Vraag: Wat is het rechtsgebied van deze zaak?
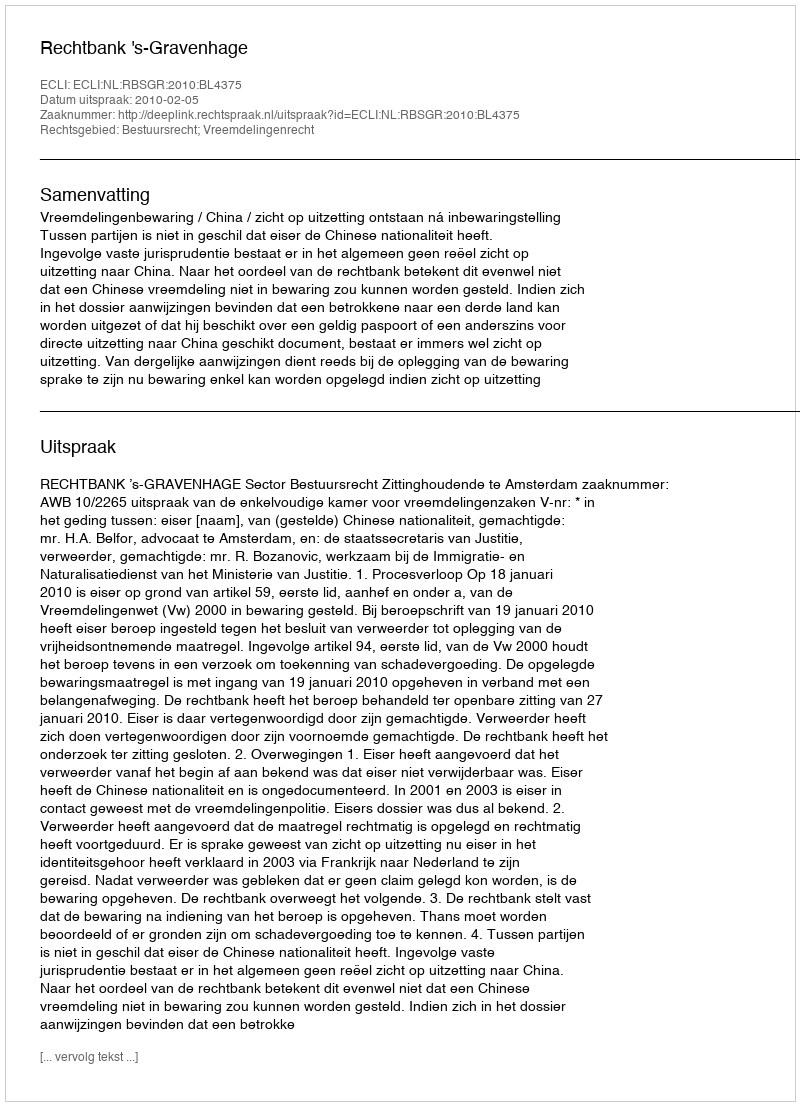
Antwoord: Bestuursrecht; Vreemdelingenrecht